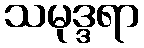
သမုဒ္ဒရာ